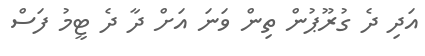
އަދި ދެ ގުރޫޕުން ތިން ވަނަ އަށް ދާ ދެ ޓީމު ފަސް